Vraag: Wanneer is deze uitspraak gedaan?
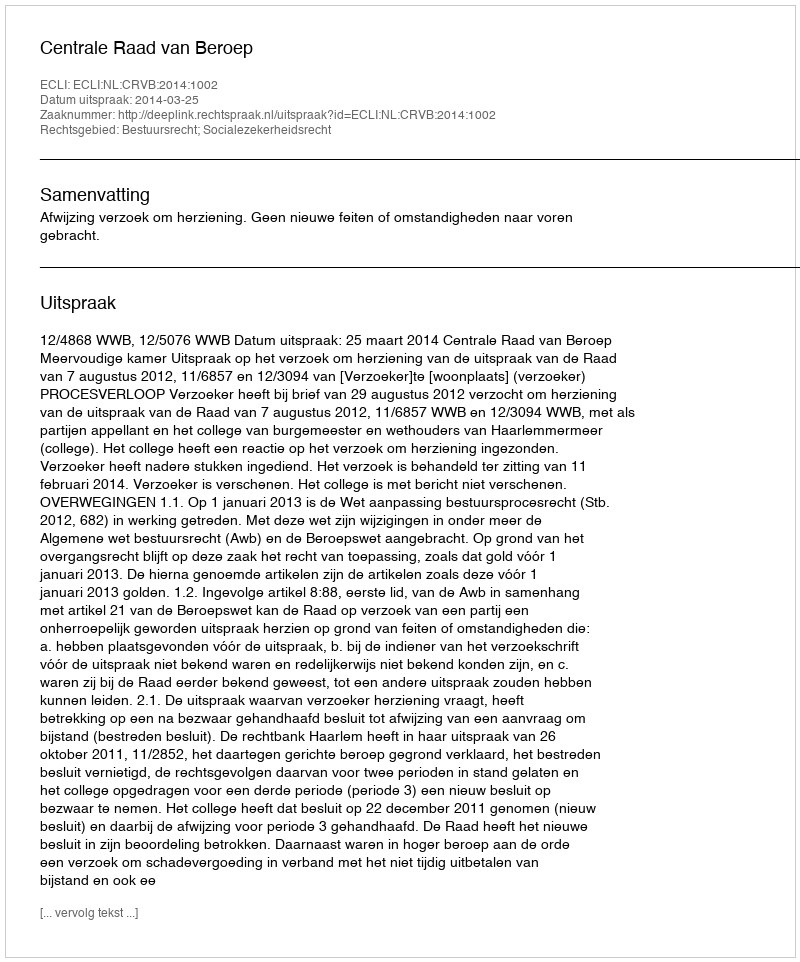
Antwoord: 2014-03-25